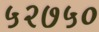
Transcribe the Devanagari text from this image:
५२७५०